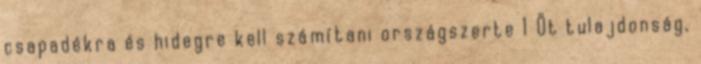
csapadékra és hidegre kell számítani országszerte 1 Öt tulajdonság,